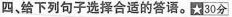
四,给下列句子选择合适的答语.30分